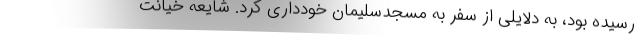
رسیده بود، به دلایلی از سفر به مسجدسلیمان خودداری کرد. شایعه خیانت